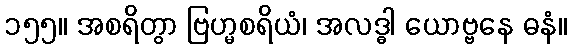
၁၅၅။ အစရိတွာ ဗြဟ္မစရိယံ၊ အလဒ္ဓါ ယောဗ္ဗနေ ဓနံ။